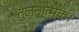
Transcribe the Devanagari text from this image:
तुलनात्मक।